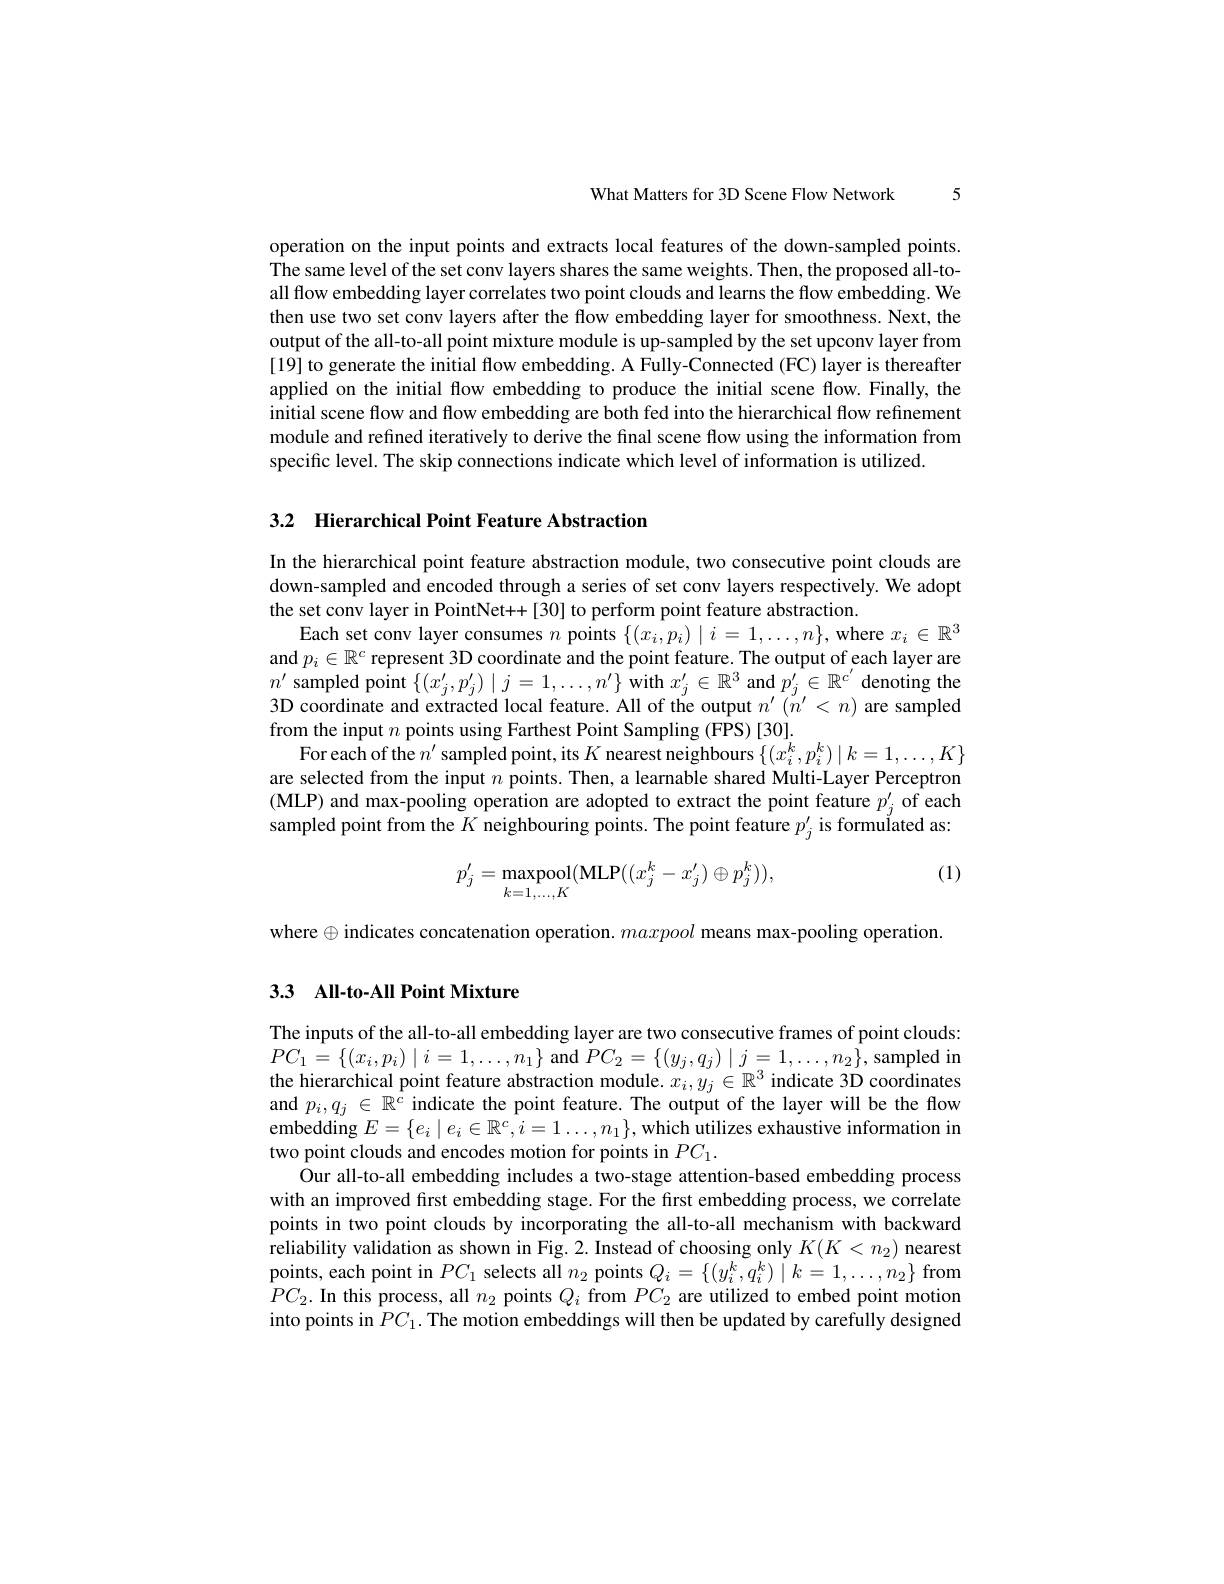
What Matters for 3D Scene Flow Network

5

operation on the input points and extracts local features of the down-sampled points. The same level of the set conv layers shares the same weights. Then, the proposed all-toall flow embedding layer correlates two point clouds and learns the flow embedding. We then use two set conv layers after the flow embedding layer for smoothness. Next, the output of the all-to-all point mixture module is up-sampled by the set upconv layer from [19] to generate the initial flow embedding. A Fully-Connected (FC) layer is thereafter applied on the initial flow embedding to produce the initial scene flow. Finally, the initial scene flow and flow embedding are both fed into the hierarchical flow refinement module and refined iteratively to derive the final scene flow using the information from specific level. The skip connections indicate which level of information is utilized.

3.2 Hierarchical Point Feature Abstraction

In the hierarchical point feature abstraction module, two consecutive point clouds are down-sampled and encoded through a series of set conv layers respectively. We adopt the set conv layer in PointNet++[30] to perform point feature abstraction.
Each set conv layer consumes $n$ points $\{(x_i,p_i)\mid i=1,\ldots,n\}$,where $x_i\in\mathbb{R}^3$ and $p_i\in\mathbb{R}^c$ represent 3D coordinate and the point feature. The output of each layer are $n^{\prime}$ sampled point $\{(x_j^{\prime},p_j^{\prime})\mid j=1,\ldots,n^{\prime}\}$ with $x_j^\prime\in\mathbb{R}^3$ and $p_j^{\prime}\in\mathbb{R}^{c^{\prime}}$ denoting the 3D coordinate and extracted local feature. All of the output $n^\prime(\breve{n}^{\prime}<n)$ are sampled from the input $n$ points using Farthest Point Sampling (FPS)[30].
For each of the $n^\prime$ sampled point, its $K$ nearest neighbours $\{(x_i^k,p_i^k)\mid k=1,\ldots,K\}$ are selected from the input $n$ points. Then, a learnable shared Multi-Layer Perceptron (MLP) and max-pooling operation are adopted to extract the point feature $p_j^{\prime}$ of each sampled point from the $K$ neighbouring points. The point feature $p_j^{\prime}$ is formulated as:

(1)
$$p_j'=\max_{k=1,\ldots,K}(\text{MLP}((x_j^k-x_j')\oplus p_j^k)),$$
where $\oplus$ indicates concatenation operation. maxpool means max-pooling operation

# 3.3 All-to-All Point Mixture

The inputs of the all-to-all embedding layer are two consecutive frames of point clouds: $PC_{1}=\{(x_{i},p_{i})\mid i=1,\ldots,n_{1}\}$ and $PC_2=\{(y_{j},q_{j})\mid j=1,\ldots,n_{2}\}$,sampled in the hierarchical point feature abstraction module. $x_i,y_j\in\mathbb{R}^3$ indicate 3D coordinates and $p_i,q_j\in\mathbb{R}^c$ indicate the point feature. The output of the layer will be the flow embedding $E=\{e_i\mid e_i\in\mathbb{R}^c,i=1\ldots,n_1\}$, which utilizes exhaustive information in two point clouds and encodes motion for points in $PC_1.$
Our all-to-all embedding includes a two-stage attention-based embedding process with an improved first embedding stage. For the first embedding process, we correlate points in two point clouds by incorporating the all-to-all mechanism with backward reliability validation as shown in Fig.2. Instead of choosing only $K(K<n_{2})$ nearest points, each point in $PC_{1}$ selects all $n_2$ points $Q_i=\left\{(y_{i}^{k},q_{i}^{k})\mid k=1,\ldots,n_{2}\right\}$from $PC_2.$ In this process, all $n_2$ points $Q_i$ from $PC_2$ are utilized to embed point motion into points in $PC_1.$ The motion embeddings will then be updated by carefully designed